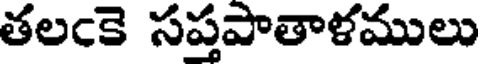
తలఁకె సప్తపాతాళములు